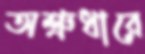
অশ্রুধারে